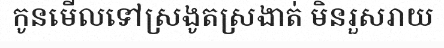
កូនមើលទៅស្រងូតស្រងាត់ មិនរួសរាយ